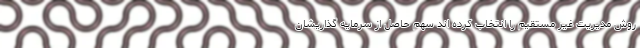
روش مدیریت غیر مستقیم را انتخاب کرده اند سهم حاصل از سرمایه گذاریشان